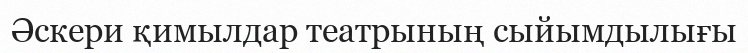
Әскери қимылдар театрының сыйымдылығы